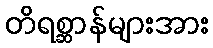
တိရစ္ဆာန်များအား